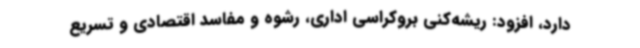
دارد، افزود: ریشه‌کنی بروکراسی اداری، رشوه و مفاسد اقتصادی و تسریع